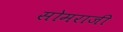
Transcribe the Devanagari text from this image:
सोमराजी